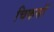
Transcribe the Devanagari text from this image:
चिकसॉ